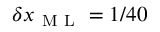
\delta x _ { \mathrm { ~ M ~ L ~ } } = 1 / 4 0